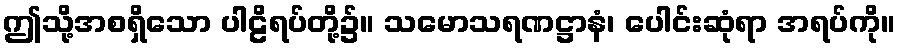
ဤသို့အစရှိသော ပါဠိရပ်တို့၌။ သမောသရဏဋ္ဌာနံ၊ ပေါင်းဆုံရာ အရပ်ကို။